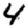
Digit: 4